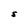
Character: S